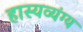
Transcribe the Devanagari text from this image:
हास्यव्यंग्य